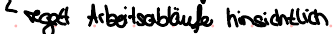
regelt Arbeitsabläufe hinsichtlich